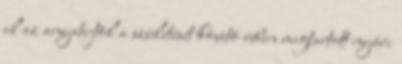
el az anyatejtõl a születését követõ évben megtartott nyári